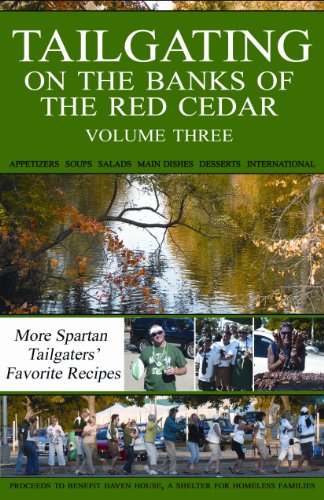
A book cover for Tailgating on the Banks of the Red Cedar; Haven House; Cookbooks, Food & Wine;